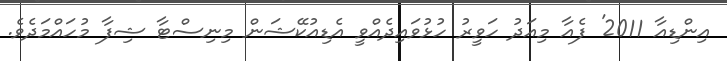
އިންޑިއާ 2011' ފެއާ މިއަދު ހަވީރު ހުޅުވައިދެއްވީ އެޑިއުކޭޝަން މިނިސްޓާ ޝިފާ މުހައްމަދެވެ.